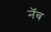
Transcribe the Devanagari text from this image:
नॅब